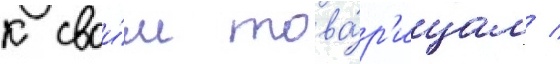
к свои́м това́р'ищам /